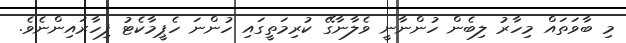
މި ބާވަތައް މިހާރު ލިބެން ހުންނާނީ ވެލާނާގޭ ކުރިމަތީގައި ހުންނަ ހެޕީމާކެޓު ފިހާރައިންނެވެ.